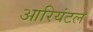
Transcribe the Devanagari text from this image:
आरियंटल